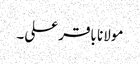
مولانا باقر علی۔